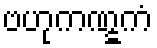
ဗဟုကဏ္ဋကံ